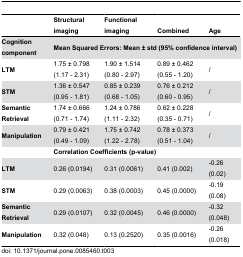
<table><thead><tr><td></td><td><b>Structural imaging</b></td><td><b>Functional imaging</b></td><td><b>Combined</b></td><td><b>Age</b></td></tr></thead><tbody><tr><td><b>Cognition component</b></td><td colspan="4"><b>Mean Squared Errors: Mean ± std (95% confidence interval)</b></td></tr><tr><td><b>LTM</b></td><td>1.75 ± 0.798 (1.17 - 2.31)</td><td>1.90 ± 1.514 (0.80 - 2.97)</td><td>0.89 ± 0.462 (0.55 - 1.20)</td><td>/</td></tr><tr><td><b>STM</b></td><td>1.36 ± 0.547 (0.95 - 1.81)</td><td>0.85 ± 0.239 (0.68 - 1.05)</td><td>0.76 ± 0.212 (0.60 - 0.95)</td><td>/</td></tr><tr><td><b>Semantic Retrieval</b></td><td>1.74 ± 0.666 (0.71 - 1.74)</td><td>1.24 ± 0.786 (1.11 - 2.32)</td><td>0.62 ± 0.228 (0.35 - 0.71)</td><td>/</td></tr><tr><td><b>Manipulation</b></td><td>0.79 ± 0.421 (0.49 - 1.09)</td><td>1.75 ± 0.742 (1.22 - 2.78)</td><td>0.78 ± 0.373 (0.51 - 1.04)</td><td>/</td></tr><tr><td></td><td colspan="4"><b>Correlation Coefficients (p-value)</b></td></tr><tr><td><b>LTM</b></td><td>0.26 (0.0194)</td><td>0.31 (0.0061)</td><td>0.41 (0.002)</td><td>-0.26 (0.02)</td></tr><tr><td><b>STM</b></td><td>0.29 (0.0063)</td><td>0.38 (0.0003)</td><td>0.45 (0.0000)</td><td>-0.19 (0.08)</td></tr><tr><td><b>Semantic Retrieval</b></td><td>0.29 (0.0107)</td><td>0.32 (0.0045)</td><td>0.46 (0.0000)</td><td>-0.32 (0.048)</td></tr><tr><td><b>Manipulation</b></td><td>0.32 (0.048)</td><td>0.13 (0.2520)</td><td>0.35 (0.0016)</td><td>-0.26 (0.018)</td></tr></tbody></table>